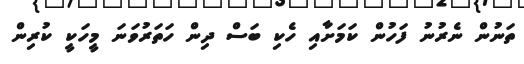
ތަނުން ނެރުނު ފަހުން ކަމަށާއި ހެކި ބަސް ދިން ހަތަރުވަނަ މީހަކީ ކުރިން